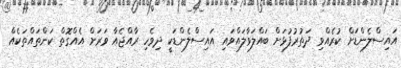
އައިސްލެންޑަށް ކުރެއްވި ދަތުރުފުޅަށް ބައްލަވާލައްވައި އައިސްލެންޑަކީ ދިވެހި ރާއްޖެއާ ވަރަށް އެއްގޮތް ކަންތައްތަކެއް